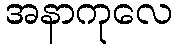
အနာကုလေ